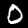
Label: 0